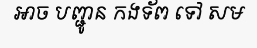
អាច បញ្ជូន កងទ័ព ទៅ សម